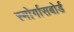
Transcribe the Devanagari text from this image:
स्मोर्गासबोर्ड